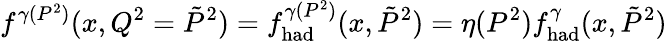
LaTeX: f^{\gamma(P^{2})}(x,Q^{2}=\tilde{P}^{2})=f_{\mathrm{{had}}}^{\gamma(P^{2})}(x,\tilde{P}^{2})=\eta(P^{2})f_{\mathrm{had}}^{\gamma}(x,\tilde{P}^{2})